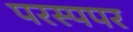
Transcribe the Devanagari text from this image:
परस्पपर